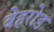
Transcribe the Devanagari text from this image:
बेहरोड